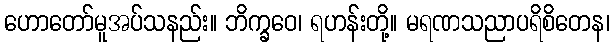
ဟောတော်မူအပ်သနည်း။ ဘိက္ခဝေ၊ ရဟန်းတို့။ မရဏသညာပရိစိတေန၊